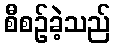
စီစဉ်ခဲ့သည်